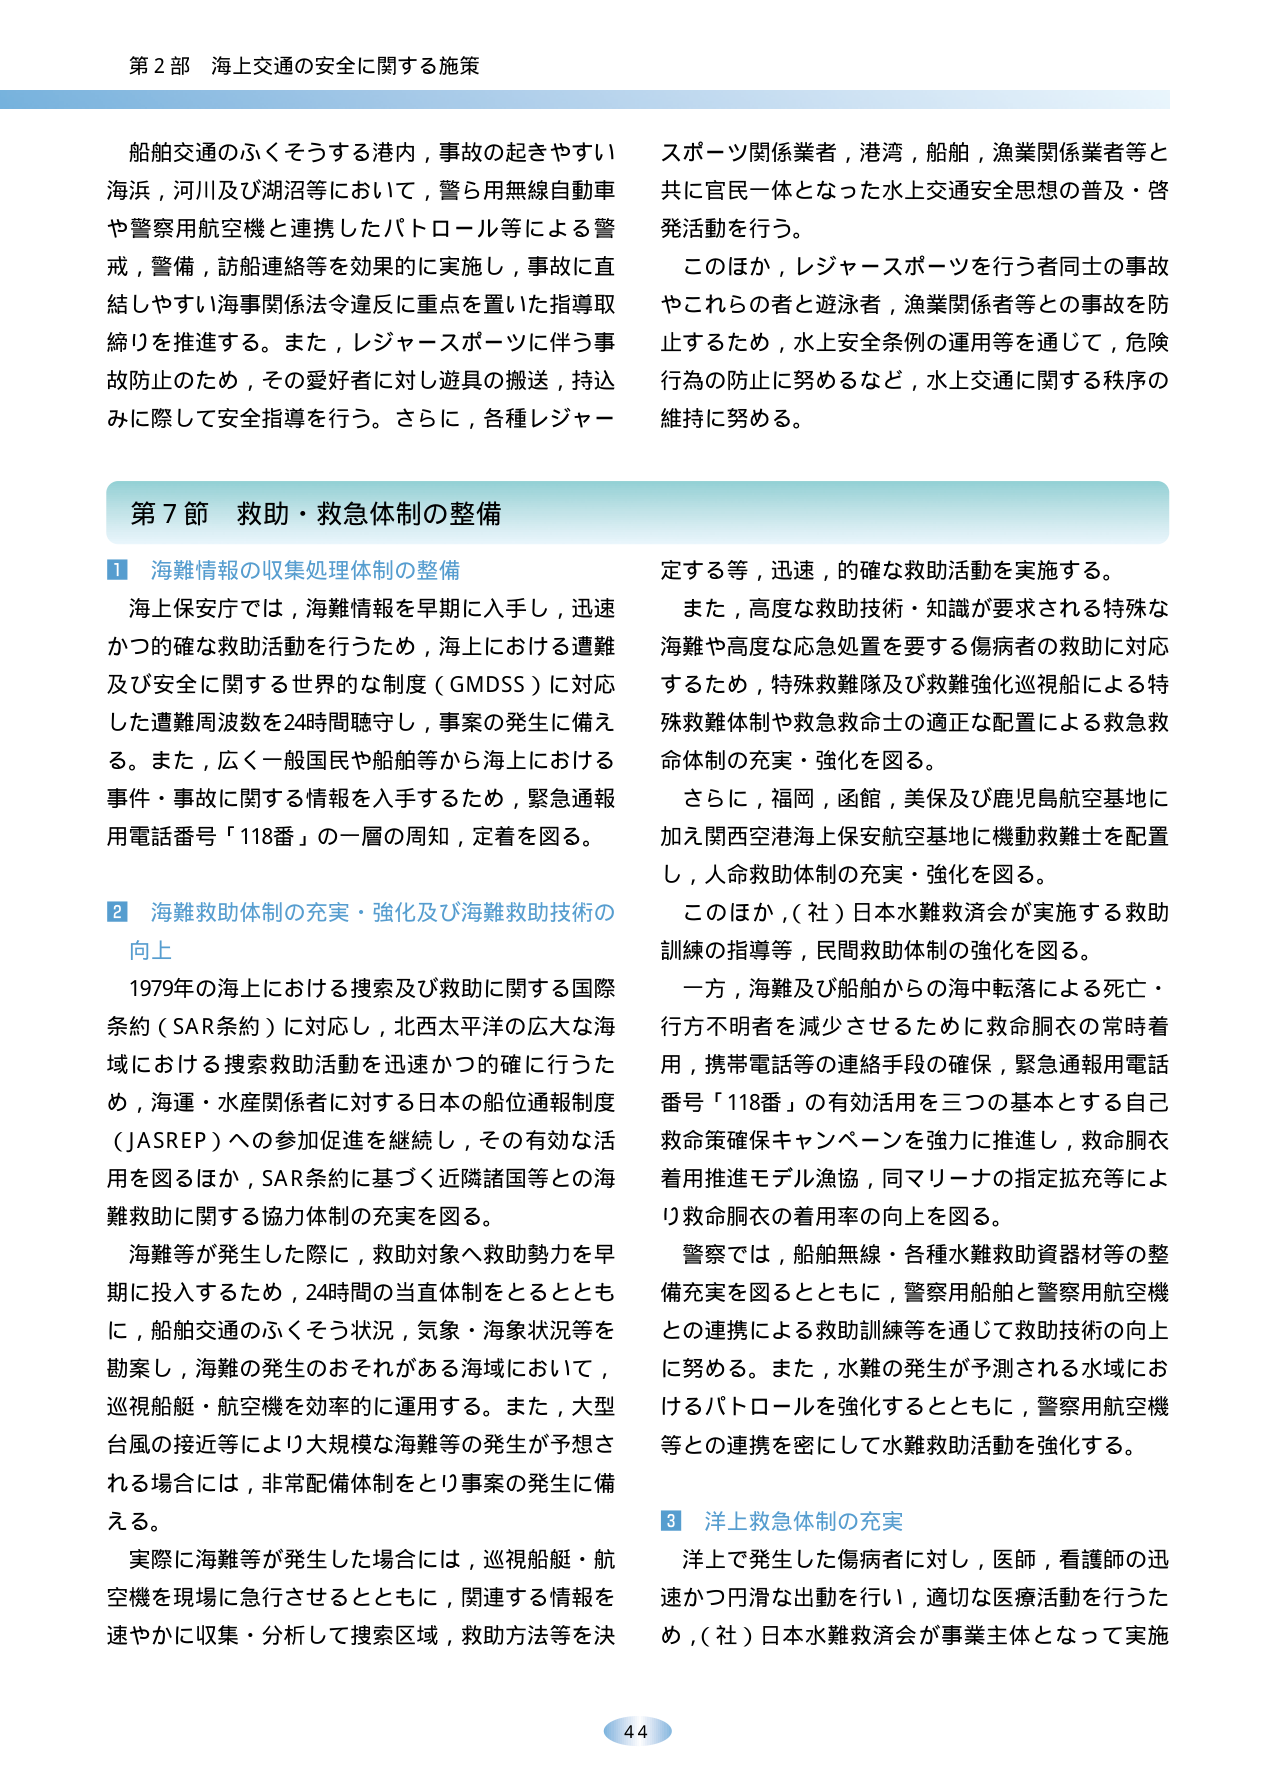
第2部 海上交通の安全に関する施策

船舶交通のふくそうする港内，事故の起きやすい海浜，河川及び湖沼等において，警ら用無線自動車や警察用航空機と連携したパトロール等による警戒，警備，船舶連絡等を効果的に実施し，事故に直結しやすい海事関係法令違反に重点を置いた指導取締りを推進する。また，レジャースポーツに伴う事故防止のため，その愛好者に対し遊具の搬送，持込みに際して安全指導を行う。さらに，各種レジャー

スポーツ関係業者，港湾，船舶，漁業関係業者等と共に官民一体となった水上交通安全思想の普及・啓発活動を行う。

このほか，レジャースポーツを行う者同士の事故やこれらの者と遊泳者，漁業関係者等との事故を防止するため，水上安全条例の運用等を通じて，危険行為の防止に努めるなど，水上交通に関する秩序の維持に努める。

第7節 救助・救急体制の整備

1 海難情報の収集処理体制の整備

海上保安庁では，海難情報を早期に入手し，迅速かつ的確な救助活動を行うため，海上における遭難及び安全に関する世界的な制度（GMDSS）に対応した遭難周波数を24時間聴守し，事案の発生に備える。また，広く一般国民や船舶等から海上における事件・事故に関する情報を入手するため，緊急通報用電話番号「118番」の一層の周知，定着を図る。

2 海難救助体制の充実・強化及び海難救助技術の向上

1979年の海上における捜索及び救助に関する国際条約（SAR条約）に対応し，北西太平洋の広大な海域における捜索救助活動を迅速かつ的確に行うため，海運・水産関係者に対する日本の船位通報制度（JASREP）への参加促進を継続し，その有効な活用を図るほか，SAR条約に基づく近隣諸国等との海難救助に関する協力体制の充実を図る。

海難等が発生した際に，救助対象へ救助勢力を早期に投入するため，24時間の当直体制をとるとともに，船舶交通のふくそう状況，気象・海象状況等を勘案し，海難の発生のおそれがある海域において，巡視船艇・航空機を効率的に運用する。また，大型台風の接近等により大規模な海難等の発生が予想される場合には，非常配備体制をとり事案の発生に備える。

実際に海難等が発生した場合には，巡視船艇・航空機を現場に急行させるとともに，関連する情報を速やかに収集・分析して捜索区域，救助方法等を決

定する等，迅速，的確な救助活動を実施する。

また，高度な救助技術・知識が要求される特殊な海難や高度な応急処置を要する傷病者の救助に対応するため，特殊救難隊及び救難強化巡視船による特殊救難体制や救急救命士の適正な配置による救急救命体制の充実・強化を図る。

さらに，福岡，函館，美保及び鹿児島航空基地に加え関西空港海上保安航空基地に機動救難士を配置し，人命救助体制の充実・強化を図る。

このほか，（社）日本水難救済会が実施する救助訓練の指導等，民間救助体制の強化を図る。

一方，海難及び船舶からの海中転落による死亡・行方不明者を減少させるために救命胴衣の常時着用，携帯電話等の連絡手段の確保，緊急通報用電話番号「118番」の有効活用を三つの基本とする自己救命策確保キャンペーンを強力に推進し，救命胴衣着用推進モデル漁協，同マリーナの指定拡充等により救命胴衣の着用率の向上を図る。

警察では，船舶無線・各種水難救助資器材等の整備充実を図るとともに，警察用船舶と警察用航空機との連携による救助訓練等を通じて救助技術の向上に努める。また，水難の発生が予測される水域におけるパトロールを強化するとともに，警察用航空機等との連携を密にして水難救助活動を強化する。

3 洋上救急体制の充実

洋上で発生した傷病者に対し，医師，看護師の迅速かつ円滑な出動を行い，適切な医療活動を行うため，（社）日本水難救済会が事業主体となって実施

44